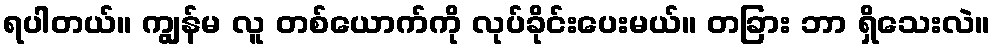
ရပါတယ်။ ကျွန်မ လူ တစ်ယောက်ကို လုပ်ခိုင်းပေးမယ်။ တခြား ဘာ ရှိသေးလဲ။